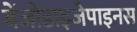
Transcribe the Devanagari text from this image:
बेंजोडाइजेपाइनस